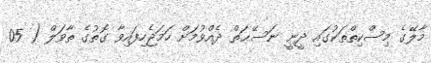
މާލޭގެ މިސްކިތްތަކުގައި ދީނީ ނަސޭޙަތް ދެއްވުމަށް ހަމަޖެހިފައިވާ ގޮތުގެ ތާވަލް ( 05